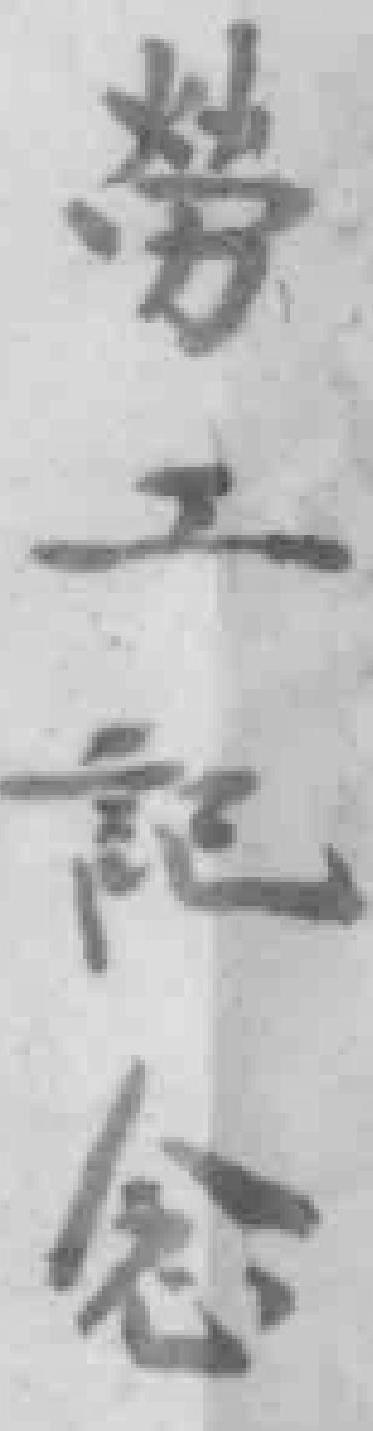
劳工紀念